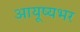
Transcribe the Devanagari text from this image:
आयूष्यभर